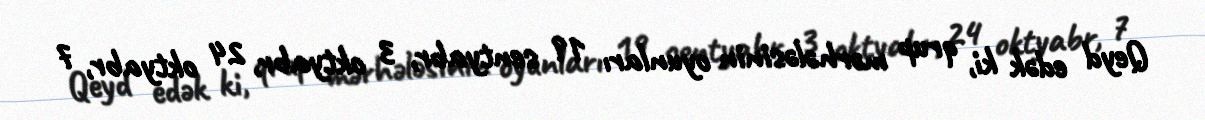
Qeyd edək ki, qrup mərhələsinin oyunları 19 sentyabr, 3 oktyabr, 24 oktyabr, 7